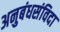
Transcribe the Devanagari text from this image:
अनुबंधसंविदा